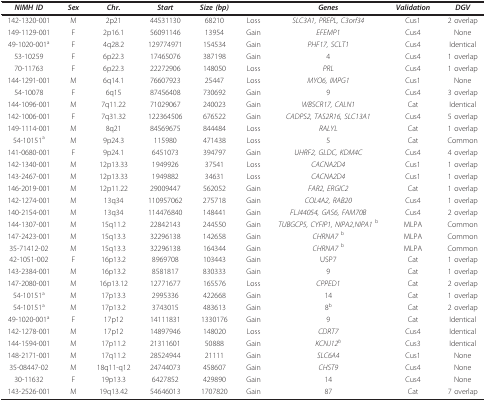
<table><thead><tr><td><b><i>NIMH ID</i></b></td><td><b><i>Sex</i></b></td><td><b><i>Chr</i>.</b></td><td><b><i>Start</i></b></td><td><b><i>Size (bp)</i></b></td><td></td><td><b><i>Genes</i></b></td><td><b><i>Validation</i></b></td><td><b><i>DGV</i></b></td></tr></thead><tbody><tr><td>142-1320-001</td><td>M</td><td>2p21</td><td>44531130</td><td>68210</td><td>Loss</td><td><i>SLC3A1, PREPL, C3orf34</i></td><td>Cus1</td><td>2 overlap</td></tr><tr><td>149-1129-001</td><td>F</td><td>2p16.1</td><td>56091146</td><td>13954</td><td>Gain</td><td><i>EFEMP1</i></td><td>Cus4</td><td>None</td></tr><tr><td>49-1020-001<sup>a</sup></td><td>F</td><td>4q28.2</td><td>129774971</td><td>154534</td><td>Gain</td><td><i>PHF17, SCLT1</i></td><td>Cus4</td><td>Identical</td></tr><tr><td>53-10259</td><td>F</td><td>6p22.3</td><td>17465076</td><td>387198</td><td>Gain</td><td>4</td><td>Cus4</td><td>1 overlap</td></tr><tr><td>70-11763</td><td>F</td><td>6p22.3</td><td>22272906</td><td>148050</td><td>Loss</td><td><i>PRL</i></td><td>Cus4</td><td>1 overlap</td></tr><tr><td>144-1291-001</td><td>M</td><td>6q14.1</td><td>76607923</td><td>25447</td><td>Loss</td><td><i>MYO6, IMPG1</i></td><td>Cus1</td><td>None</td></tr><tr><td>54-10078</td><td>F</td><td>6q15</td><td>87456408</td><td>730692</td><td>Gain</td><td>9</td><td>Cus4</td><td>3 overlap</td></tr><tr><td>144-1096-001</td><td>M</td><td>7q11.22</td><td>71029067</td><td>240023</td><td>Gain</td><td><i>WBSCR17, CALN1</i></td><td>Cat</td><td>Identical</td></tr><tr><td>142-1006-001</td><td>F</td><td>7q31.32</td><td>122364506</td><td>676522</td><td>Gain</td><td><i>CADPS2, TAS2R16, SLC13A1</i></td><td>Cus4</td><td>5 overlap</td></tr><tr><td>149-1114-001</td><td>M</td><td>8q21</td><td>84569675</td><td>844484</td><td>Loss</td><td><i>RALYL</i></td><td>Cat</td><td>1 overlap</td></tr><tr><td>54-10151<sup>a</sup></td><td>M</td><td>9p24.3</td><td>115980</td><td>471438</td><td>Loss</td><td>5</td><td>Cat</td><td>Common</td></tr><tr><td>141-0680-001</td><td>F</td><td>9p24.1</td><td>6451073</td><td>394797</td><td>Gain</td><td><i>UHRF2, GLDC, KDM4C</i></td><td>Cus4</td><td>4 overlap</td></tr><tr><td>142-1340-001</td><td>M</td><td>12p13.33</td><td>1949926</td><td>37541</td><td>Loss</td><td><i>CACNA2D4</i></td><td>Cus1</td><td>1 overlap</td></tr><tr><td>143-2467-001</td><td>M</td><td>12p13.33</td><td>1949882</td><td>34631</td><td>Loss</td><td><i>CACNA2D4</i></td><td>Cus1</td><td>1 overlap</td></tr><tr><td>146-2019-001</td><td>M</td><td>12p11.22</td><td>29009447</td><td>562052</td><td>Gain</td><td><i>FAR2, ERGIC2</i></td><td>Cat</td><td>1 overlap</td></tr><tr><td>142-1274-001</td><td>M</td><td>13q34</td><td>110957062</td><td>275718</td><td>Gain</td><td><i>COL4A2, RAB20</i></td><td>Cus4</td><td>1 overlap</td></tr><tr><td>140-2154-001</td><td>M</td><td>13q34</td><td>114476840</td><td>148441</td><td>Gain</td><td><i>FLJ44054, GAS6, FAM70B</i></td><td>Cus4</td><td>2 overlap</td></tr><tr><td>144-1307-001</td><td>M</td><td>15q11.2</td><td>22842143</td><td>244550</td><td>Gain</td><td><i>TUBGCP5, CYFIP1, NIPA2,NIPA1 </i><sup>b</sup></td><td>MLPA</td><td>Common</td></tr><tr><td>147-2423-001</td><td>M</td><td>15q13.3</td><td>32296138</td><td>142658</td><td>Gain</td><td><i>CHRNA7 </i><sup>b</sup></td><td>MLPA</td><td>Common</td></tr><tr><td>35-71412-02</td><td>M</td><td>15q13.3</td><td>32296138</td><td>164344</td><td>Gain</td><td><i>CHRNA7 </i><sup>b</sup></td><td>MLPA</td><td>Common</td></tr><tr><td>42-1051-002</td><td>F</td><td>16p13.2</td><td>8969708</td><td>103443</td><td>Gain</td><td>USP7</td><td>Cat</td><td>1 overlap</td></tr><tr><td>143-2384-001</td><td>M</td><td>16p13.2</td><td>8581817</td><td>830333</td><td>Gain</td><td>9</td><td>Cat</td><td>1 overlap</td></tr><tr><td>147-2080-001</td><td>M</td><td>16p13.12</td><td>12771677</td><td>165576</td><td>Loss</td><td><i>CPPED1</i></td><td>Cat</td><td>2 overlap</td></tr><tr><td>54-10151<sup>a</sup></td><td>M</td><td>17p13.3</td><td>2995336</td><td>422668</td><td>Gain</td><td>14</td><td>Cat</td><td>1 overlap</td></tr><tr><td>54-10151<sup>a</sup></td><td>M</td><td>17p13.2</td><td>3743015</td><td>483613</td><td>Gain</td><td>8<sup>b</sup></td><td>Cat</td><td>2 overlap</td></tr><tr><td>49-1020-001<sup>a</sup></td><td>F</td><td>17p12</td><td>14111831</td><td>1330176</td><td>Gain</td><td>9</td><td>Cat</td><td>Identical</td></tr><tr><td>142-1278-001</td><td>M</td><td>17p12</td><td>14897946</td><td>148020</td><td>Loss</td><td><i>CDRT7</i></td><td>Cus4</td><td>Identical</td></tr><tr><td>144-1594-001</td><td>M</td><td>17p11.2</td><td>21311601</td><td>50888</td><td>Gain</td><td><i>KCNJ12<sup>b</sup></i></td><td>Cus3</td><td>Identical</td></tr><tr><td>148-2171-001</td><td>M</td><td>17q11.2</td><td>28524944</td><td>21111</td><td>Gain</td><td><i>SLC6A4</i></td><td>Cus1</td><td>None</td></tr><tr><td>35-08447-02</td><td>M</td><td>18q11-q12</td><td>24744073</td><td>458607</td><td>Gain</td><td><i>CHST9</i></td><td>Cus4</td><td>None</td></tr><tr><td>30-11632</td><td>F</td><td>19p13.3</td><td>6427852</td><td>429890</td><td>Gain</td><td>14</td><td>Cus4</td><td>None</td></tr><tr><td>143-2526-001</td><td>M</td><td>19q13.42</td><td>54646013</td><td>1707820</td><td>Gain</td><td>87</td><td>Cat</td><td>7 overlap</td></tr></tbody></table>